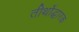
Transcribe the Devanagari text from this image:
तीर्थोद्धारक